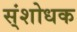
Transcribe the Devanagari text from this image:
स्ंशोधक